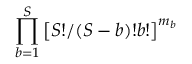
\prod _ { b = 1 } ^ { S } \left[ { S ! } / { ( S - b ) ! b ! } \right] ^ { m _ { b } }